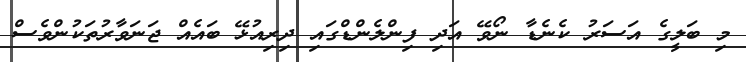
މި ބަލީގެ އަސަރު ކެނެޑާ ނޯވޭ އަދި ފިންލެންޑްގައި ދިރިއުޅޭ ބައެއް ޖަނަވާރުތަކުންވެސް